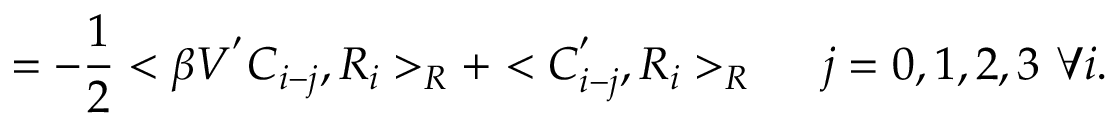
= - \frac { 1 } { 2 } < \beta V ^ { ' } C _ { i - j } , R _ { i } > _ { R } + < C _ { i - j } ^ { ' } , R _ { i } > _ { R } \ \ \ \ j = 0 , 1 , 2 , 3 \ \forall i .